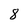
Character: 8